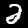
Label: 2